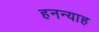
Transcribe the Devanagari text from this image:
हनन्याह